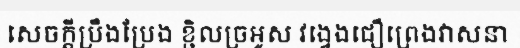
សេចក្តីប្រឹងប្រែង ខ្ជិលច្រអូស វង្វេងជឿព្រេងវាសនា